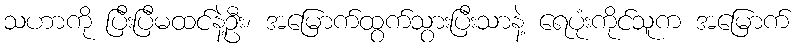
သဟာကို ပြီးပြီမထင်နဲ့ဦး၊ အမြောက်ထွက်သွားပြီးသာနဲ့ ရေပုံးကိုင်သူက အမြောက်